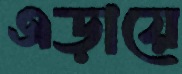
এড়ায়ে